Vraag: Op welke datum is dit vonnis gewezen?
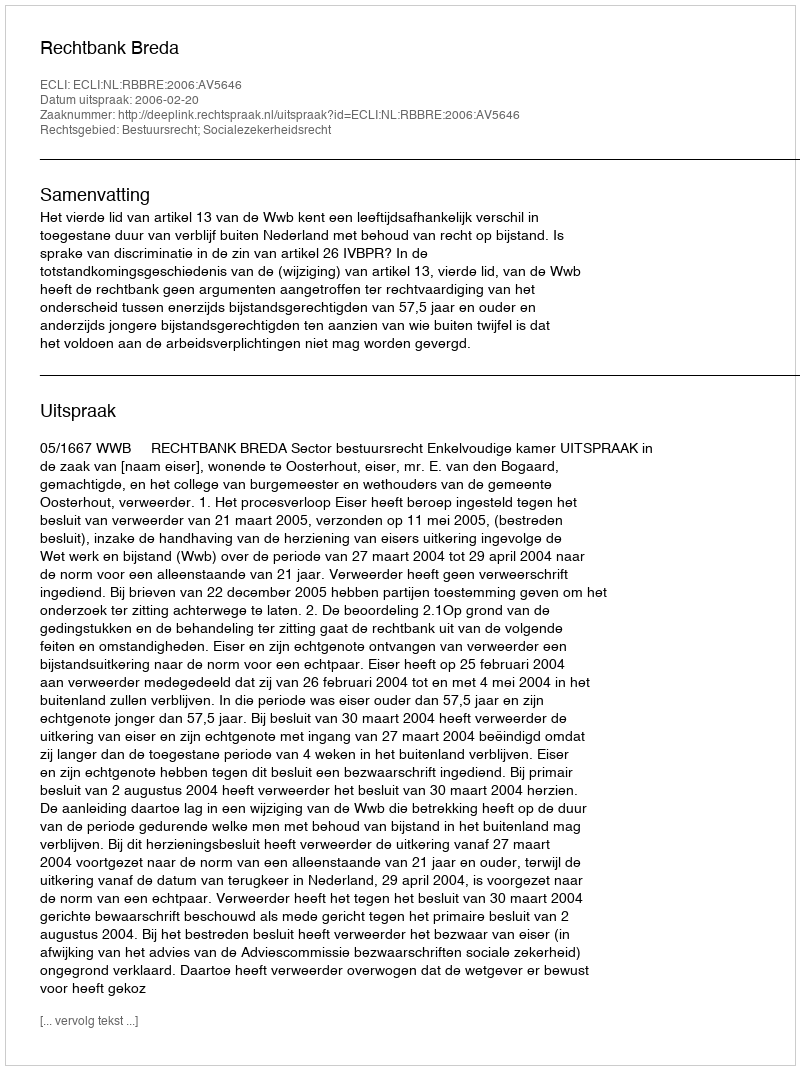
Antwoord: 2006-02-20